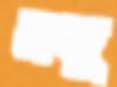
মনু